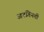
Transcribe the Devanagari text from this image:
अनगिनती